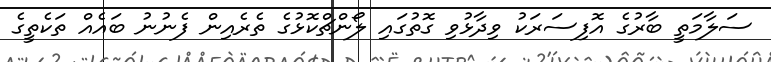
ސަލާމަތީ ބާރުގެ އޮފިސަރަކު ވިދާޅުވި ގޮތުގައި ލޯންޗްކޮޅުގެ ތެރެއިން ފެނުނު ބައެއް ތަކެތީގެ